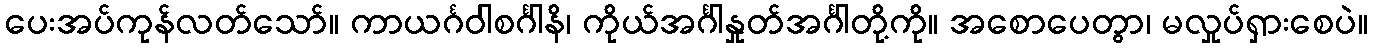
ပေးအပ်ကုန်လတ်သော်။ ကာယင်္ဂဝါစင်္ဂါနိ၊ ကိုယ်အင်္ဂါနှုတ်အင်္ဂါတို့ကို။ အစောပေတွာ၊ မလှုပ်ရှားစေပဲ။